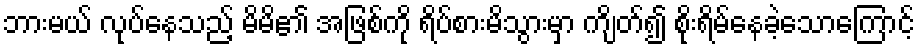
ဘားမယ် လုပ်နေသည့် မိမိ၏ အဖြစ်ကို ရိပ်စားမိသွားမှာ ကျိတ်၍ စိုးရိမ်နေခဲ့သောကြောင့်